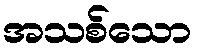
အသစ်သော